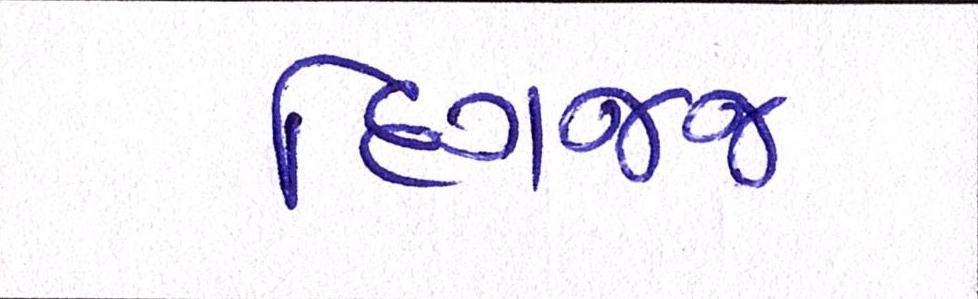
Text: દિગજ્જ